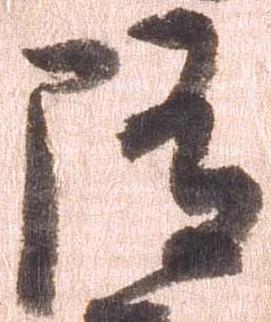
随